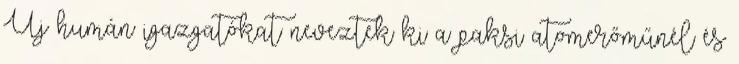
Új humán igazgatókat neveztek ki a paksi atomerőműnél és